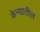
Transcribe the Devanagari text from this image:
केन्यातील